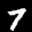
Label: 7